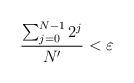
LaTeX: \begin{align*}\frac{\sum_{j=0}^{N-1} 2^j}{N'}<\varepsilon\end{align*}